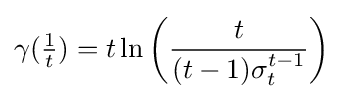
\gamma ({\tfrac {1}{t}})=t\ln \left({\frac {t}{(t-1)\sigma _{t}^{t-1}}}\right)